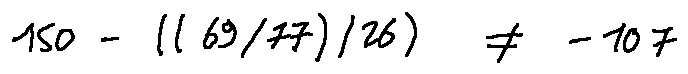
1 5 0 - ( ( 6 9 / 7 7 ) / 2 6 ) \neq - 1 0 7